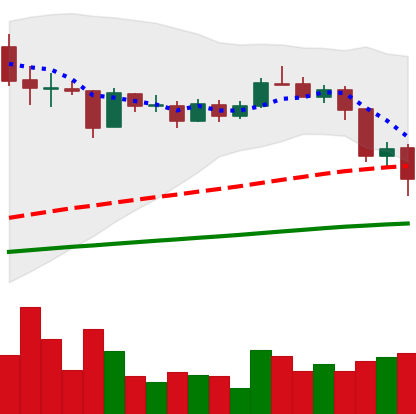
Ticker: LINK-USD
Chart end date: 2020-09-05
Forward return: 18.281%
Label: up_7plus